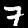
Label: 7